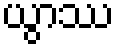
ယွာဿ